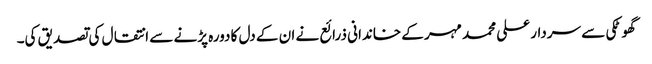
گھوٹکی سے سردار علی محمد مہر کے خاندانی ذرائع نے ان کے دل کا دورہ پڑنے سے انتقال کی تصدیق کی۔